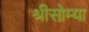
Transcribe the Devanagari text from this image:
श्रीसोम्या